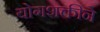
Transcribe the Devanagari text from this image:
योगशक्तीने